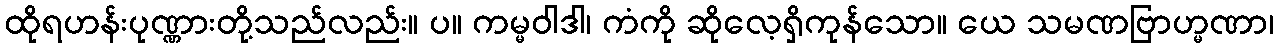
ထိုရဟန်းပုဏ္ဏားတို့သည်လည်း။ ပ။ ကမ္မဝါဒါ၊ ကံကို ဆိုလေ့ရှိကုန်သော။ ယေ သမဏဗြာဟ္မဏာ၊